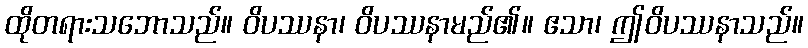
ထိုတရားသဘောသည်။ ဝိပဿနာ၊ ဝိပဿနာမည်၏။ ဧသာ၊ ဤဝိပဿနာသည်။